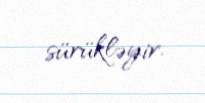
sürükləyir.